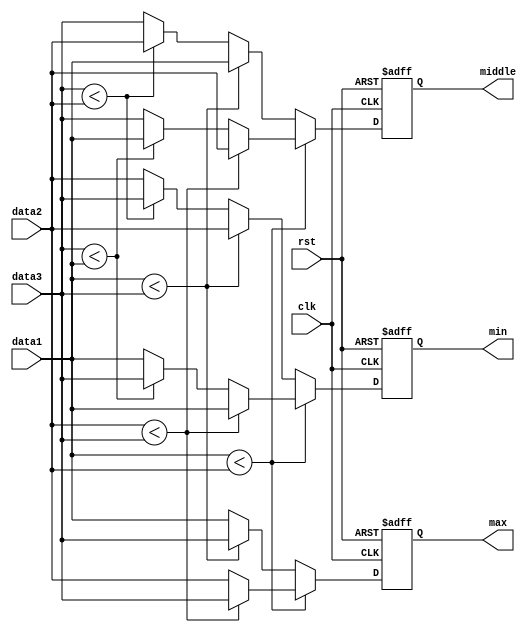
`timescale 1ns / 1ps
//////////////////////////////////////////////////////////////////////////////////
// Company: 
// Engineer: 
// 
// Design Name: 
// Module Name: compare
// Project Name: 
// Target Devices: 
// Tool Versions: 
// Description: 
// 
// Dependencies: 
// 
// Revision:
// Revision 0.01 - File Created
// Additional Comments:
// 
//////////////////////////////////////////////////////////////////////////////////


module compare(
input clk,
input rst,
input [7:0] data1,
input [7:0] data2,
input [7:0] data3,
output reg [7:0] min,
output reg [7:0] middle,
output reg [7:0] max);

    always @ (posedge clk or posedge rst)
	begin
		if(rst)
		begin
			max <= 0;
			min <= 0;
			middle <= 0;
		end
		else
		begin
			if(data1 < data2)
			begin
				if(data2 < data3)
				begin
					min <= data1;
					middle <= data2;
					max <= data3;
				end
				else if(data3 < data1)
				begin
					min <= data3;
					middle <= data1;
					max <= data2;
				end
				else
				begin
					min <= data1;
					middle <= data3;
					max <= data2;
				end
			end
			else
			begin
				if(data1 < data3)
				begin
					min <= data2;
					middle <= data1;
					max <= data3;
				end
				else if(data3 < data2)
				begin
					min <= data3;
					middle <= data2;
					max <= data1;
				end
				else
				begin
					min <= data2;
					middle <= data3;
					max <= data1;
				end
			end
		end
	end
endmodule